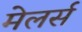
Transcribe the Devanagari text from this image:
मेलर्स